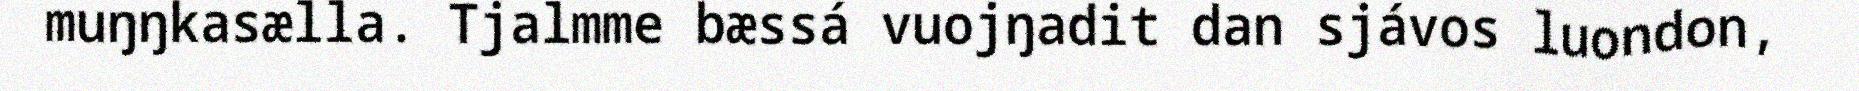
muŋŋkasælla. Tjalmme bæssá vuojŋadit dan sjávos luondon,